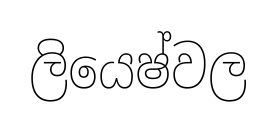
ලියෙෂ්වල